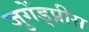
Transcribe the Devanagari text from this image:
जुगेंड्प्रीस